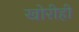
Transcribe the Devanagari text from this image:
खोरीही